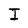
Character: I